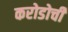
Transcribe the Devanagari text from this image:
करोडोची